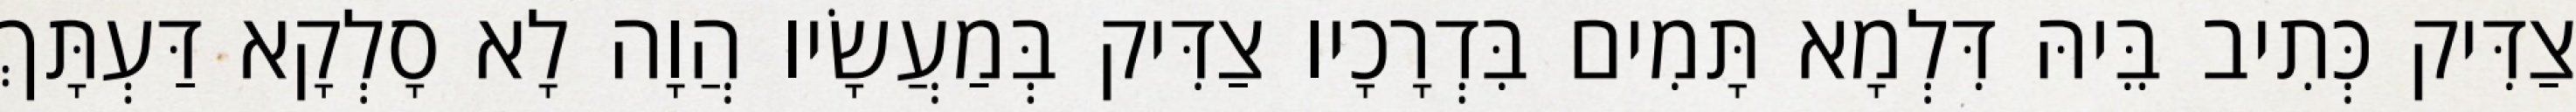
צַדִּיק כְּתִיב בֵּיהּ דִּלְמָא תָּמִים בִּדְרָכָיו צַדִּיק בְּמַעֲשָׂיו הֲוָה לָא סָלְקָא דַּעְתָּךְ